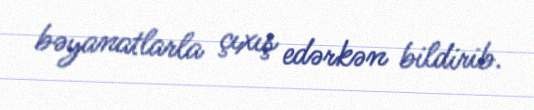
bəyanatlarla çıxış edərkən bildirib.